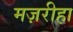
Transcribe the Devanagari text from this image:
मज़रीहा